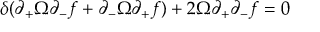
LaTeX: \delta ( \partial _ { + } \Omega \partial _ { - } f + \partial _ { - } \Omega \partial _ { + } f ) + 2 \Omega \partial _ { + } \partial _ { - } f = 0